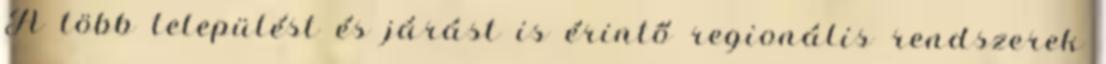
A több települést és járást is érintő regionális rendszerek